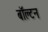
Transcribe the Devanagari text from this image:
बॉल्टन